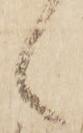
々